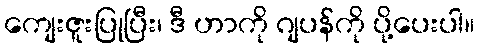
ကျေးဇူးပြုပြီး၊ ဒီ ဟာကို ဂျပန်ကို ပို့ပေးပါ။